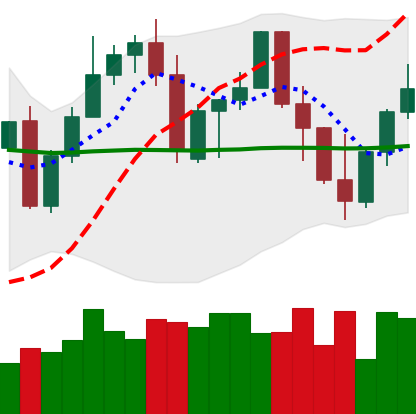
Ticker: LINK-USD
Chart end date: 2022-09-24
Forward return: 3.46%
Label: up_3_5